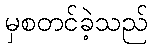
မှစတင်ခဲ့သည်